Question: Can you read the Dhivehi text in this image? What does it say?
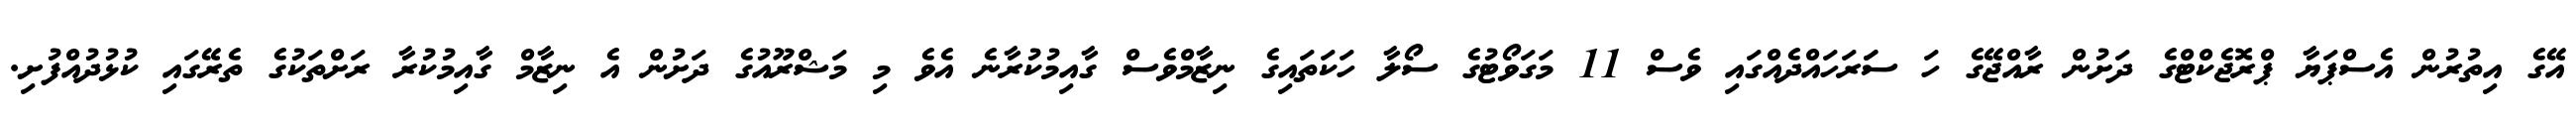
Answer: އޭގެ އިތުރުން އެސްޕަޔާ ޕްރޮޖެކްޓްގެ ދަށުން ރާއްޖޭގެ ހަ ސަަރަހައްދެއްގައި ވެސް 11 މަގަވޯޓުގެ ސޯލާ ހަކަތައިގެ ނިޒާމްވެސް ގާއިމުކުރާނެ އެވެ މި މަޝްރޫއުގެ ދަށުން އެ ނިޒާމް ގާއިމުކުރާ ރަށްތަކުގެ ތެރޭގައި ކުޅުދުއްފުށި.